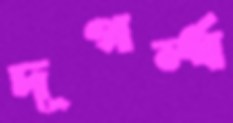
দূগর্ন্ধ